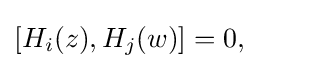
[H_{i}(z),H_{j}(w)]=0,~~~~~~~~